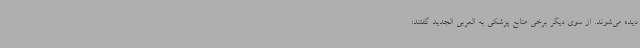
دیده می‌شوند. از سوی دیگر برخی منابع پزشکی به العربی الجدید گفتند: